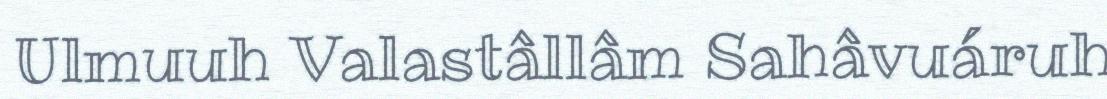
Ulmuuh Valastâllâm Sahâvuáruh